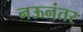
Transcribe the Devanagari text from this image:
नऊनंतर